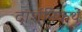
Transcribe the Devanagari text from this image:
दार्शनिकथे